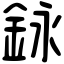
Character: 𨥭